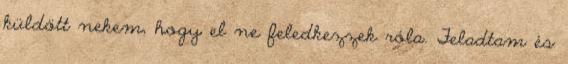
küldött nekem, hogy el ne feledkezzek róla. Feladtam és